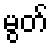
မွတ်